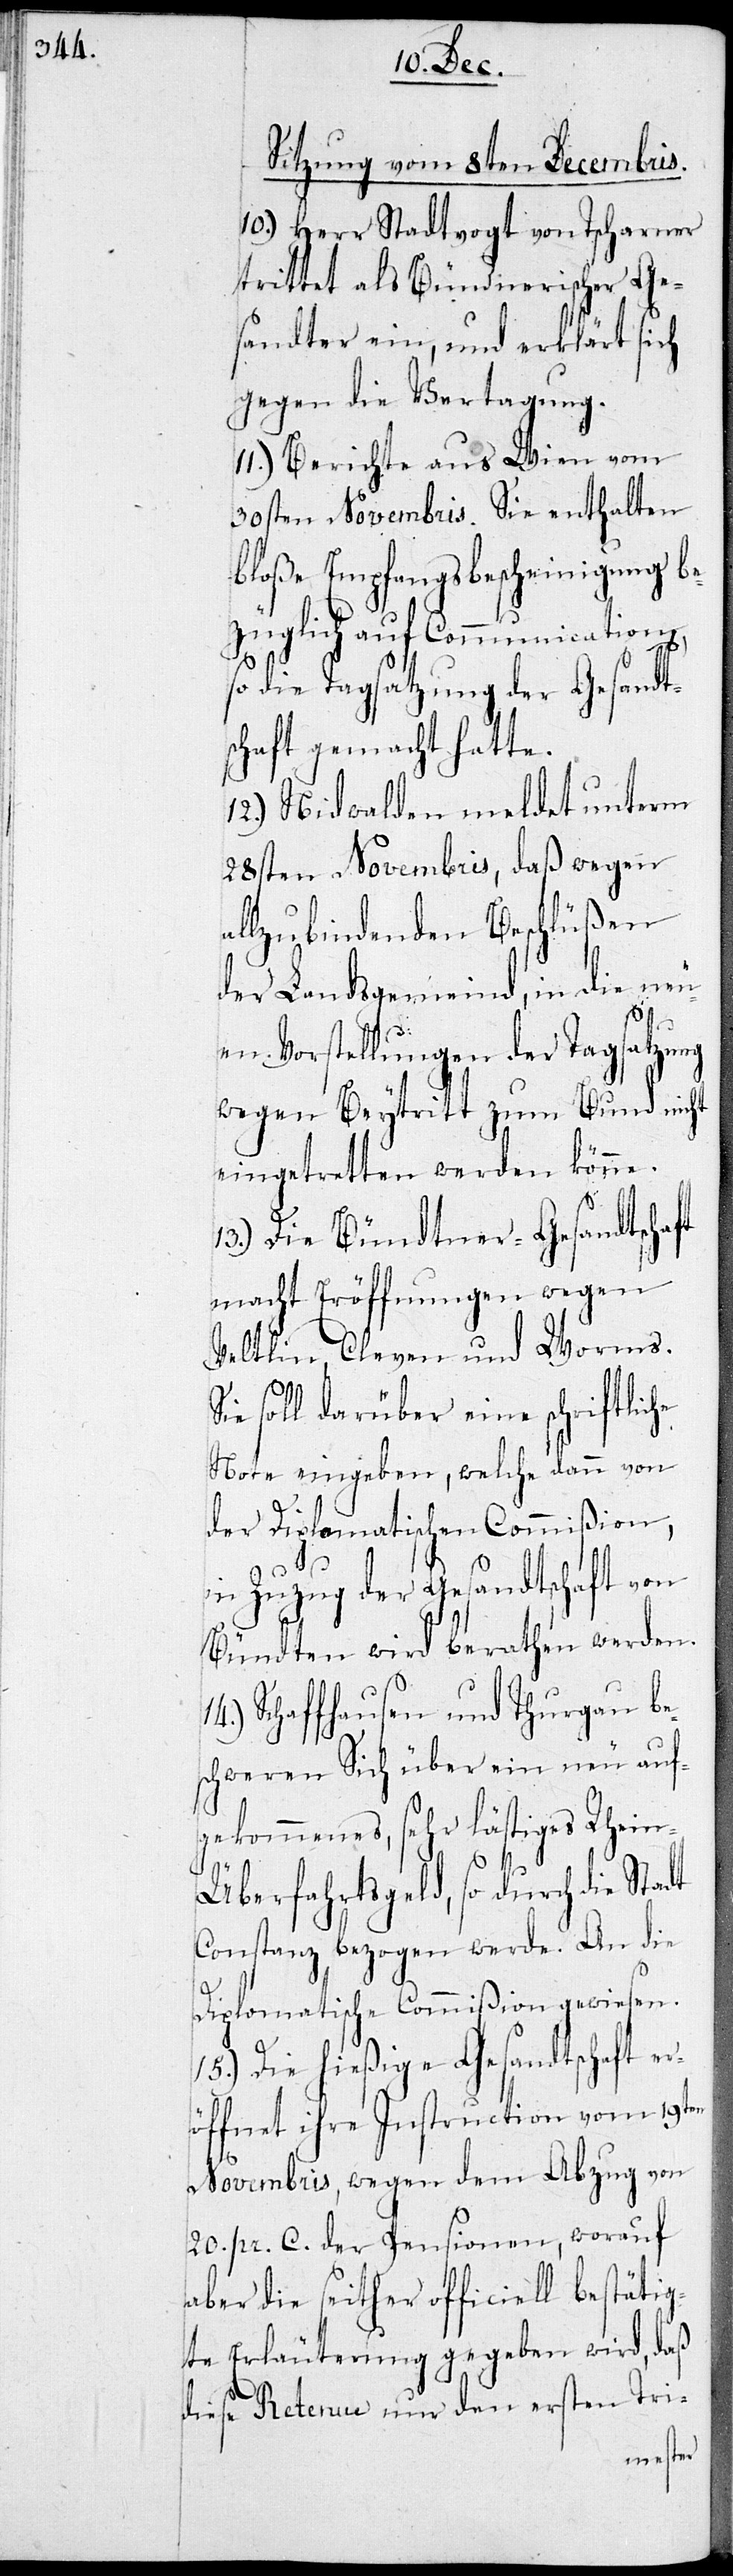
Sitzung vom 8ten Decembris.
10.) Herr Stadtvogt von Tscharner
trittet als Bünd[t]nerischer Ge¬
sandter ein, und erklärt sich
gegen die Vertagung.
11.) Berichte aus Wien vom
30sten Novembris. Sie enthalten
bloße Empfangsbescheinigung be¬
züglich auf Communication,
so die Tagsatzung der Gesandt¬
schaft gemacht hatte.
12.) Nidwalden meldet unterm
28sten Novembris, daß wegen
allzubindenden Beschlüßen
der Landsgemeind, in die neu¬
S¬
en Vorstellungen der Tagsatzung
wegen Beytritt zum Bund nicht
eingetretten werden könne.
Die Bündtner-Gesandtschaft
macht Eröffnungen wegen
Veltlin, Kleven und Worms.
ie soll darüber eine schriftliche
Note eingeben, welche dann von
der Diplomatischen Commißion
in Zuzug der Gesandtschaften
Bündten wird berathen werden.
Schaffhausen und Thurgau be¬
schweren sich über ein neu auf¬
gekommenes, sehr lästiges Rhei¬
n-Überfahrtsgeld, so durch die Stadt
Constanz bezogen werde. An die
Diplomatische Commißion gewiesen.
15.) Die hießige Gesandtschaft er¬
öffnet ihre Instruction vom 19ten
Novembris, wegen dem Abzug von
20 pr. C. der Pensionen, worauf
aber die seither officiell bestätig¬
te Erläuterung gegeben wird, daß
diese Retenue nur den ersten Tri-